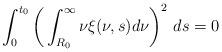
LaTeX: \begin{align*}\int_{0}^{t_{0}}\bigg(\int_{R_{0}}^{\infty}\nu\xi(\nu,s)d\nu\bigg)^{2}\ ds=0\end{align*}%\end{align*}